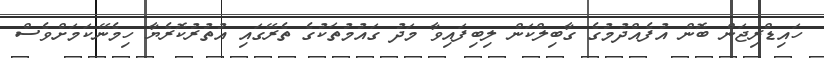
ހައިޑްރިޖަން ބޮން އުފެއްދުމުގެ ގާބިލްކަން ލިބިފައިވާ މަދު ގައުމުތަކުގެ ތެރޭގައި އުތުރުކޮރެޔާ ހިމެނޭކަމަށްވެސް